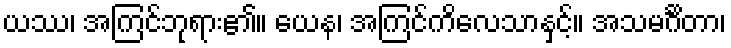
ယဿ၊ အကြင်ဘုရား၏။ ယေန၊ အကြင်ကိလေသာနှင့်။ အသမင်္ဂိတာ၊